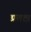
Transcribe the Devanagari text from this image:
प्रतक्ष